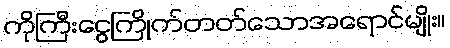
ကိုကြီးငွေကြိုက်တတ်သောအရောင်မျိုး။